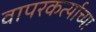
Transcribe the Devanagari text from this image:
वापरकर्त्याच्या